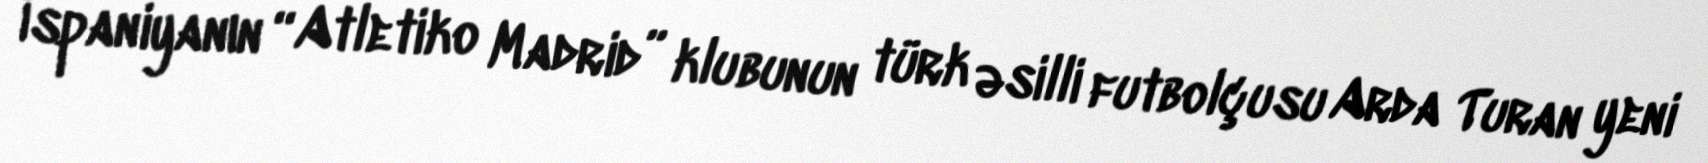
İspaniyanın “Atletiko Madrid” klubunun türk əsilli futbolçusu Arda Turan yeni